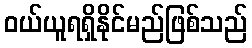
ဝယ်ယူရရှိနိုင်မည်ဖြစ်သည်